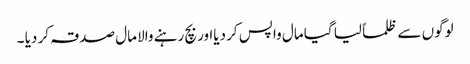
لوگوں سے ظلماً لیا گیا مال واپس کر دیااور بچ رہنے والا مال صدقہ کر دیا ۔